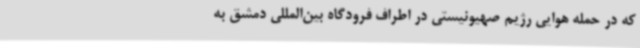
که در حمله هوایی رژیم صهیونیستی در اطراف فرودگاه بین‌المللی دمشق به